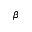
\beta